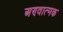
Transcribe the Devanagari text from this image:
अण्वात्मक